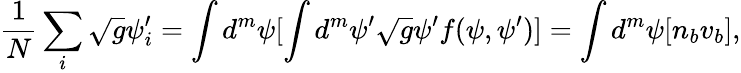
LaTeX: {\frac{1}{N}}\sum_{i}\sqrt{g}\psi_{i}^{\prime}=\int d^{m}\psi[\int d^{m}\psi^{\prime}\sqrt{g}\psi^{\prime}f(\psi,\psi^{\prime})]=\int d^{m}\psi[n_{b}v_{b}],